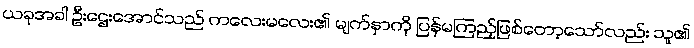
ယခုအခါ ဦးဌေးအောင်သည် ကလေးမလေး၏ မျက်နှာကို ပြန်မကြည့်ဖြစ်တော့သော်လည်း သူ၏